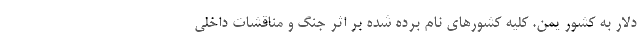
دلار به کشور یمن. کلیه کشورهای نام برده شده بر اثر جنگ و مناقشات داخلی